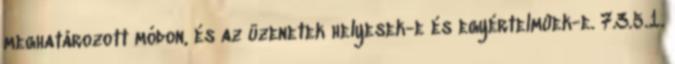
meghatározott módon, és az üzenetek helyesek-e és egyértelmûek-e. 7.3.5.1.